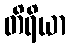
တိရိယာ